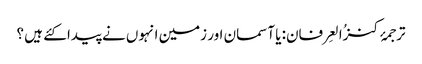
ترجمۂ کنزُالعِرفان: یا آسمان اور زمین انہوں نے پیدا کئے ہیں ؟